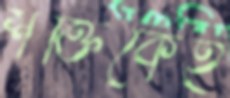
শক্তিকেই